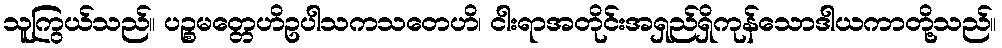
သူကြွယ်သည်။ ပဉ္စမတ္တေဟိဥပါသကသတေဟိ၊ ငါးရာအတိုင်းအရှည်ရှိကုန်သောဒါယကာတို့သည်။